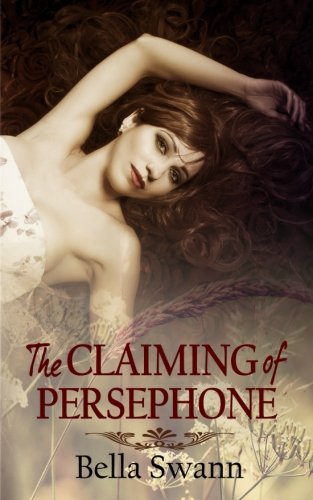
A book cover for The Claiming of Persephone (Taboo Tales of Paranormal Kink) (Volume 1); Bella Swann; Romance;